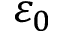
\varepsilon _ { 0 }